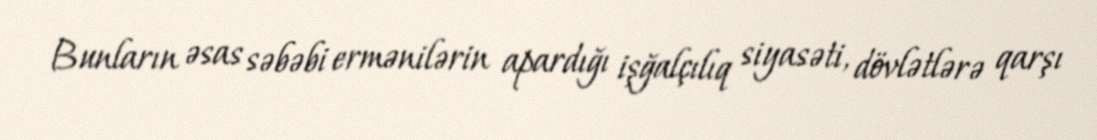
Bunların əsas səbəbi ermənilərin apardığı işğalçılıq siyasəti, dövlətlərə qarşı